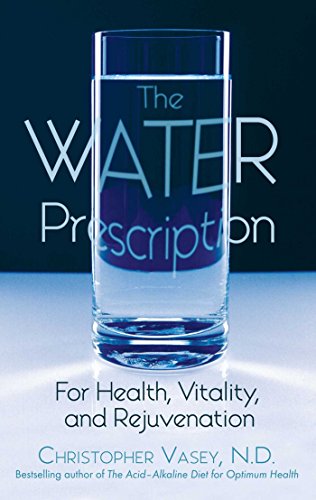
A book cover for The Water Prescription: For Health, Vitality, and Rejuvenation; Christopher Vasey N.D.; Science & Math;